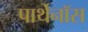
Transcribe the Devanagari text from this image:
पार्थेनॉस